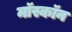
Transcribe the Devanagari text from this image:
मॉस्कॉन